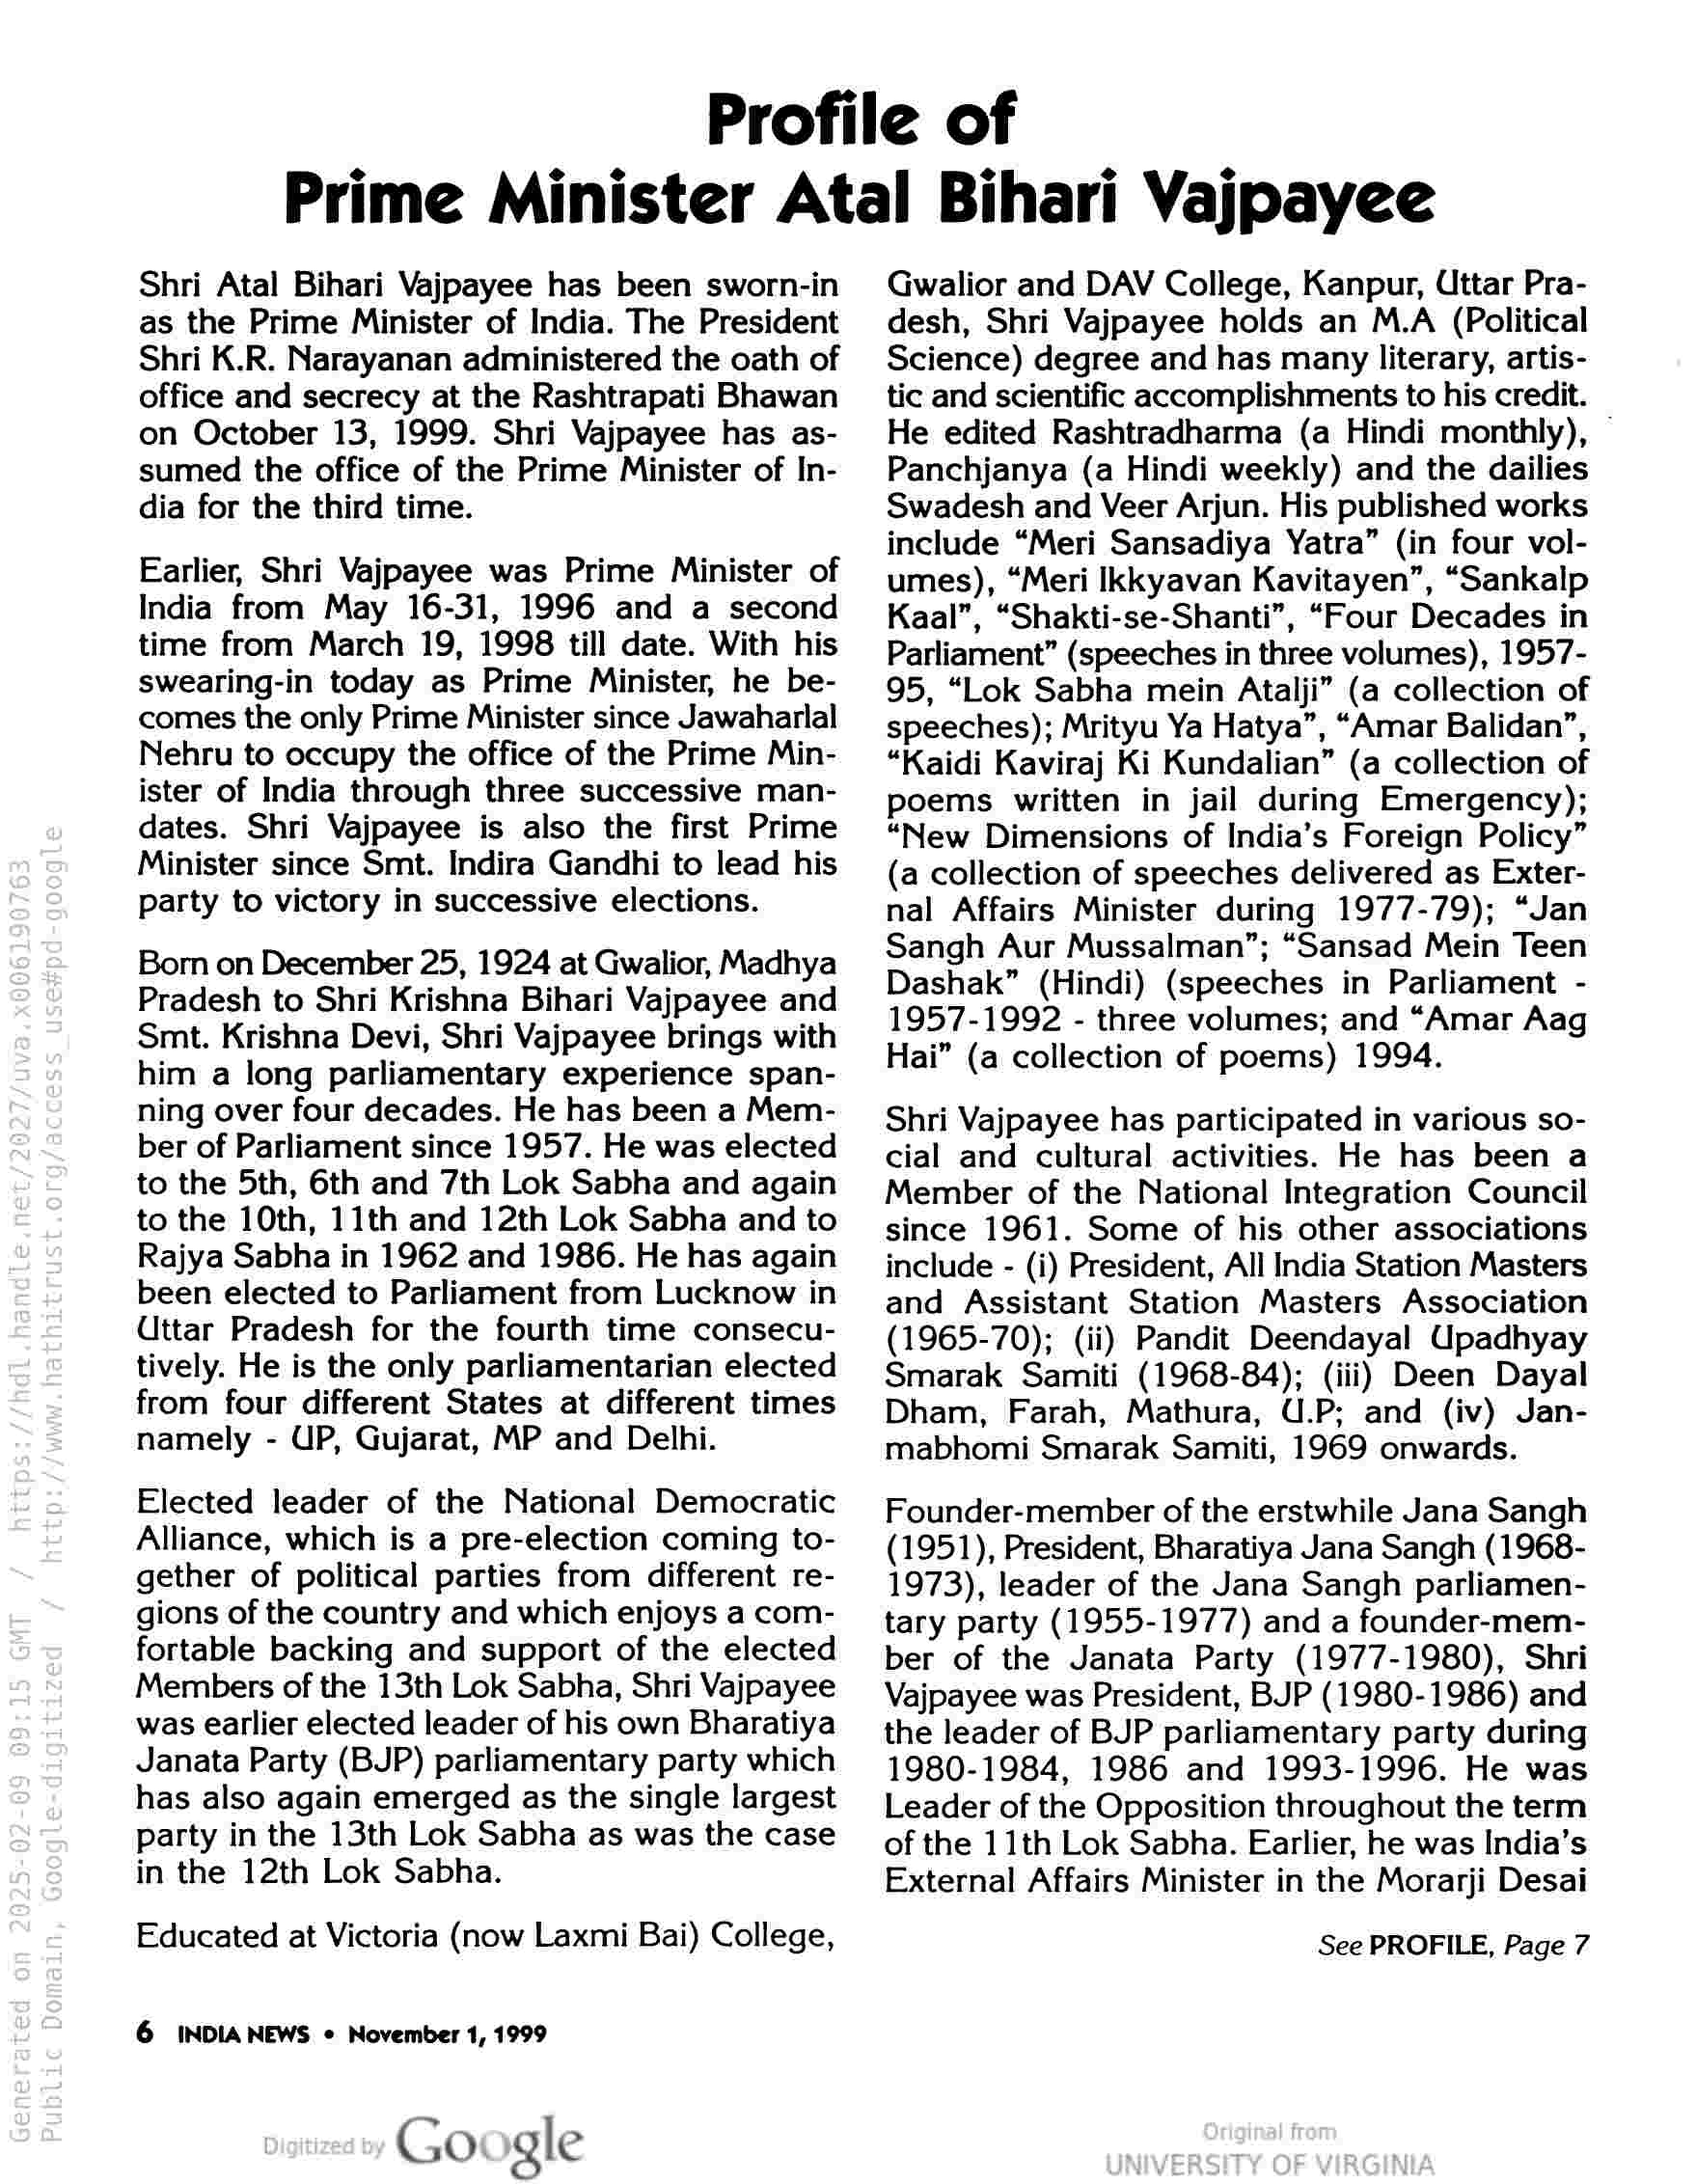
Profile of
Prime Minister Atal Bihari Vajpayee

Shri Atal Bihari Vajpayee has been sworn-in
as the Prime Minister of India. The President
Shri K.R. Narayanan administered the oath of
office and secrecy at the Rashtrapati Bhawan
on October 13, 1999. Shri Vajpayee has as-
sumed the office of the Prime Minister of In-
dia for the third time.

Earlier, Shri Vajpayee was Prime Minister of
India from May 16-31, 1996 and a second
time from March 19, 1998 till date. With his
swearing-in today as Prime Minister, he be-
comes the only Prime Minister since Jawaharlal
Nehru to occupy the office of the Prime Min-
ister of India through three successive man-
dates. Shri Vajpayee is also the first Prime
Minister since Smt. Indira Gandhi to lead his
party to victory in successive elections.

Born on December 25, 1924 at Gwalior, Madhya
Pradesh to Shri Krishna Bihari Vajpayee and
Smt. Krishna Devi, Shri Vajpayee brings with
him a long parliamentary experience span-
ning over four decades. He has been a Mem-
ber of Parliament since 1957. He was elected
to the 5th, 6th and 7th Lok Sabha and again
to the 10th, 11th and 12th Lok Sabha and to
Rajya Sabha in 1962 and 1986. He has again
been elected to Parliament from Lucknow in
Uttar Pradesh for the fourth time consecu-
tively. He is the only parliamentarian elected
from four different States at different times
namely - UP, Gujarat, MP and Delhi.

Elected leader of the National Democratic
Alliance, which is a pre-election coming to-
gether of political parties from different re-
gions of the country and which enjoys a com-
fortable backing and support of the elected
Members of the 13th Lok Sabha, Shri Vajpayee
was earlier elected leader of his own Bharatiya
Janata Party (BJP) parliamentary party which
has also again emerged as the single largest
party in the 13th Lok Sabha as was the case
in the 12th Lok Sabha.

Educated at Victoria (now Laxmi Bai) College,

6 INDIA NEWS ¢ November 1, 1999

Go gle

Gwalior and DAV College, Kanpur, Uttar Pra-
desh, Shri Vajpayee holds an M.A (Political
Science) degree and has many literary, artis-
tic and scientific accomplishments to his credit.
He edited Rashtradharma (a Hindi monthly), ~
Panchjanya (a Hindi weekly) and the dailies
Swadesh and Veer Arjun. His published works
include “Meri Sansadiya Yatra” (in four vol-
umes), “Meri Ikkyavan Kavitayen”, “Sankalp
Kaal”, “Shakti-se-Shanti”, “Four Decades in
Parliament” (speeches in three volumes), 1957-
95, “Lok Sabha mein Atalji” (a collection of
speeches); Mrityu Ya Hatya”, “Amar Balidan”,
“Kaidi Kaviraj Ki Kundalian” (a collection of
poems written in jail during Emergency);
“New Dimensions of India’s Foreign Policy”
(a collection of speeches delivered as Exter-
nal Affairs Minister during 1977-79); “Jan
Sangh Aur Mussalman”; “Sansad Mein Teen
Dashak” (Hindi) (speeches in Parliament -
1957-1992 - three volumes; and “Amar Aag
Hai” (a collection of poems) 1994.

Shri Vajpayee has participated in various so-
cial and cultural activities. He has been a
Member of the National Integration Council
since 1961. Some of his other associations
include - (i) President, All India Station Masters
and Assistant Station Masters Association
(1965-70); (ii) Pandit Deendayal Upadhyay
Smarak Samiti (1968-84); (iii) Deen Dayal
Dham, Farah, Mathura, U.P; and (iv) Jan-
mabhomi Smarak Samiti, 1969 onwards.

Founder-member of the erstwhile Jana Sangh
(1951), President, Bharatiya Jana Sangh (1968-
1973), leader of the Jana Sangh parliamen-
tary party (1955-1977) and a founder-mem-
ber of the Janata Party (1977-1980), Shri
Vajpayee was President, BJP (1980-1986) and
the leader of BJP parliamentary party during
1980-1984, 1986 and 1993-1996. He was
Leader of the Opposition throughout the term
of the 11th Lok Sabha. Earlier, he was India’s
External Affairs Minister in the Morarji Desai

See PROFILE, Page 7